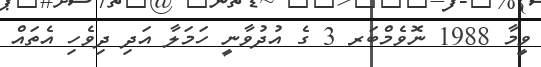
ވީމާ 1988 ނޮވެމްބަރ 3 ގެ އުދުވާނީ ހަމަލާ އަދި ދިވެހި އެތައް